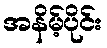
အနိမ့်ပိုင်း